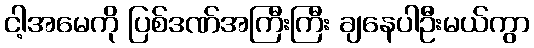
ငါ့အမေကို ပြစ်ဒဏ်အကြီးကြီး ချနေပါဦးမယ်ကွာ